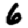
Digit: 6